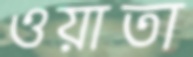
ওয়াতা